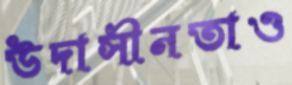
উদাসীনতাও